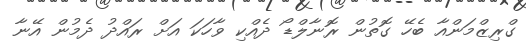
ގްރިޒްމަންއާ ބެހޭ ގޮތުން ރޮނާލްޑޯ ދެއްކި ވާހަކަ އަށް ރައްދު ދެމުން އޭނާ